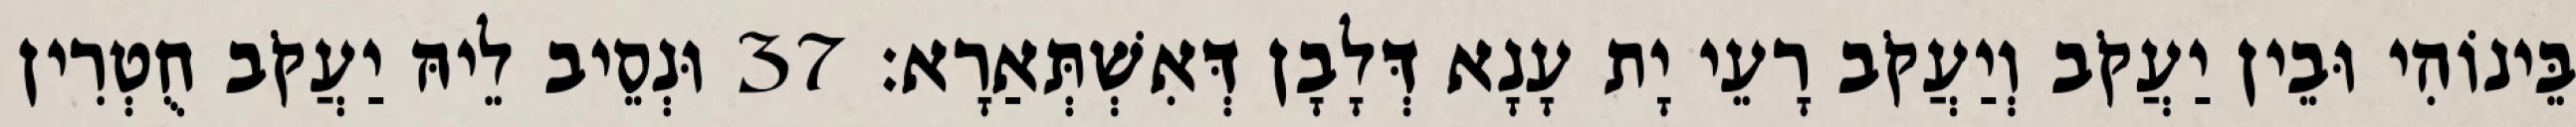
בֵּינוֹהִי וּבֵין יַעֲקֹב וְיַעֲקֹב רָעֵי יָת עָנָא דְּלָבָן דְּאִשְׁתְּאַרָא׃ 37 וּנְסֵיב לֵיהּ יַעֲקֹב חֻטְרִין